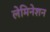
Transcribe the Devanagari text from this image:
लेमिनेशन